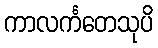
ကာလင်္ကတေသုပိ